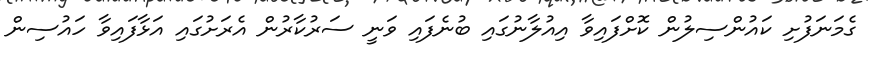
ގެމަނަފުށި ކައުންސިލުން ކޮށްފައިވާ އިއުލާނުގައި ބުނެފައި ވަނީ ސަރުކާރުން އެރަށުގައި އަޅާފައިވާ ހައުސިން